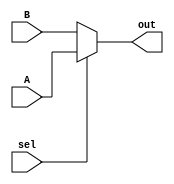
`timescale 1ns / 1ps


module mux2x1_8bit(A, B, sel, out);

input [7:0]A,B;
input sel;
output [7:0]out;

assign out = (sel==1'b1)? A : B;
 
endmodule